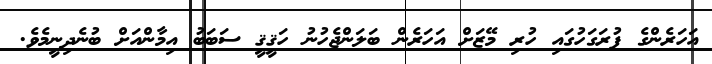
އަހަރެންގެ ފުރަގަހުގައި ހުރި މޭޒަށް އަހަރެން ބަލަންޖެހުނު ހަޤީޤީ ސަބަބު އިމާންއަށް ބުނެދިނީމެވެ.